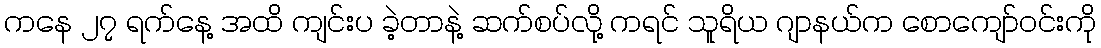
ကနေ ၂၇ ရက်နေ့ အထိ ကျင်းပ ခဲ့တာနဲ့ ဆက်စပ်လို့ ကရင် သူရိယ ဂျာနယ်က စောကျော်ဝင်းကို